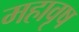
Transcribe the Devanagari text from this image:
महावृष